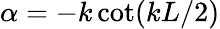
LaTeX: \alpha=-k\cot(kL/2)